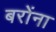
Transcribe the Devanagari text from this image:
बरोंना